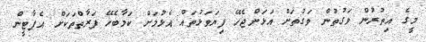
މީގެ އިތުރުން ވަގުތުން ވަގުތަށް އަޅަންޖެހޭ ފިޔަވަޅުތައް އެޅުމަށް ކަމާބެހޭ ފަރާތްތަކަށް އެޕާޓީން